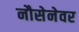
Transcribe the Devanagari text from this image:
नौसेनेवर